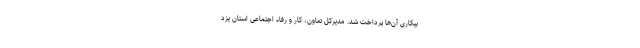
بیکاری آن‌ها پرداخت شد. مدیرکل تعاون، کار و رفاه اجتماعی استان یزد